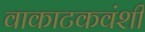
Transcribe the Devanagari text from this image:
वाकाटकवंशी